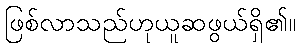
ဖြစ်လာသည်ဟုယူဆဖွယ်ရှိ၏။